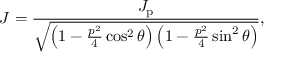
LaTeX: J = \frac { J _ { \mathrm { p } } } { \sqrt { \left( 1 - \frac { p ^ { 2 } } { 4 } \cos ^ { 2 } \theta \right) \left( 1 - \frac { p ^ { 2 } } { 4 } \sin ^ { 2 } \theta \right) } } ,